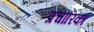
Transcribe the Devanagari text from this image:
प्रचारिका